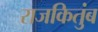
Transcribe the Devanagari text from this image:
राजकितुंब